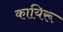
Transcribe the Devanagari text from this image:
कायिरू